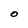
Character: O